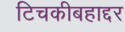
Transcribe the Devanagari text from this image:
टिचकीबहाद्दर